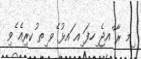
ިމ ރާ ްއޖެ ިހފަ ިއ ައޅު ެވ ިތ ުކރިއެ ެވި